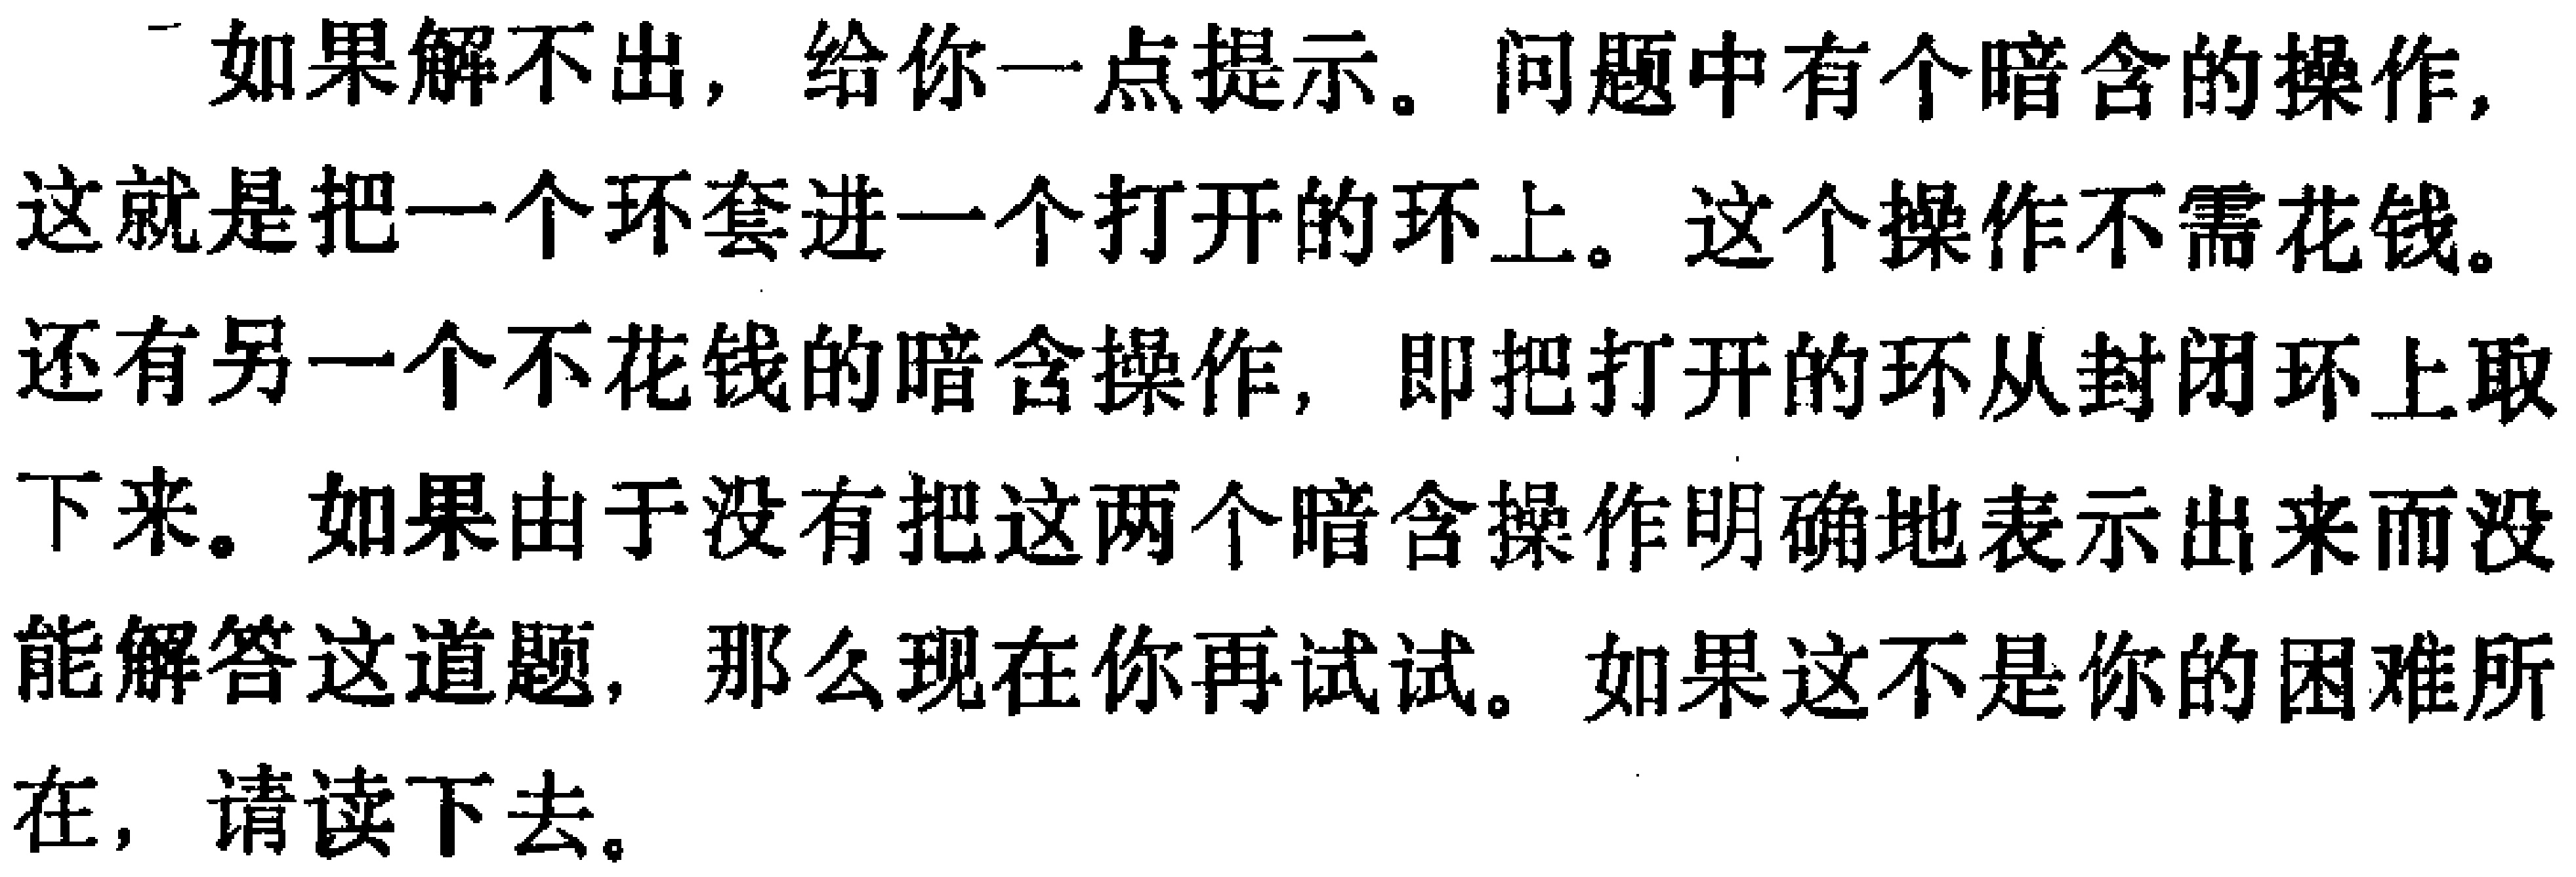
如果解不出，给你一点提示。问题中有个暗含的操作，这就是把一个环套进一个打开的环上。这个操作不需花钱。还有另一个不花钱的暗含操作，即把打开的环从封闭环上取下来。如果由于没有把这两个暗含操作明确地表示出来而没能解答这道题，那么现在你再试试。如果这不是你的困难所在，请读下去。